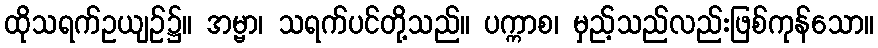
ထိုသရက်ဥယျဉ်၌။ အမ္ဗာ၊ သရက်ပင်တို့သည်။ ပက္ကာစ၊ မှည့်သည်လည်းဖြစ်ကုန်သော။